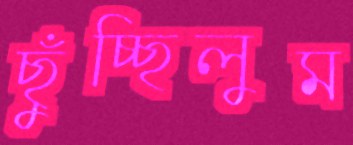
ছুঁচ্ছিলুম